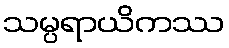
သမ္ပရာယိကဿ